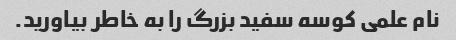
نام علمی کوسه سفید بزرگ را به خاطر بیاورید.